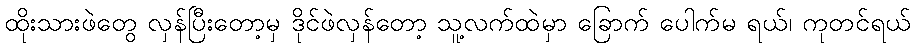
ထိုးသားဖဲတွေ လှန်ပြီးတော့မှ ဒိုင်ဖဲလှန်တော့ သူ့လက်ထဲမှာ ခြောက် ပေါက်မ ရယ်၊ ကုတင်ရယ်